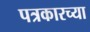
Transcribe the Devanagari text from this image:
पत्रकारच्या